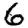
Digit: 6